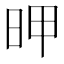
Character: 𰕻